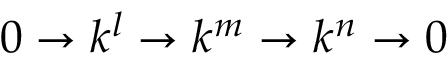
0 \to k ^ { l } \to k ^ { m } \to k ^ { n } \to 0